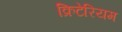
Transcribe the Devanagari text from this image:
क्रिटेरियम